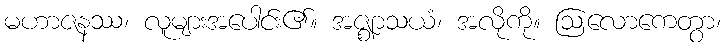
မဟာဇနဿ၊ လူများအပေါင်း၏။ အဇ္ဈာသယံ၊ အလိုကို။ ဩလောကေတွာ၊